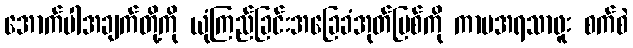
အောက်ပါအချက်တို့ကို ယုံကြည်ခြင်းအခြေခံအုတ်မြစ်ကို ကာမအရသာဖူး စက်စဲ